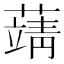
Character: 𦽴